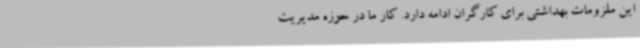
این ملزومات بهداشتی برای کارگران ادامه دارد. کار ما در حوزه مدیریت